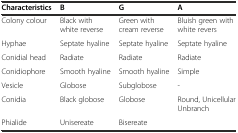
| Characteristics | B | G | A |
 | --- | --- | --- | --- |
 | Colony colour | Black with white reverse | Green with cream reverse | Bluish green with white revers |
 | Hyphae | Septate hyaline | Septate hyaline | Septate hyaline |
 | Conidial head | Radiate | Radiate | Radiate |
 | Conidiophore | Smooth hyaline | Smooth hyaline | Simple |
 | Vesicle | Globose | Subglobose | - |
 | Conidia | Black globose | Globose | Round, Unicellular Unbranch |
 | Phialide | Unisereate | Bisereate |  |